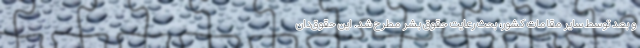
و بعد توسط سایر مقامات کشور، بحث رعایت حقوق‌ بشر مطرح شد. این حقوق‌دان